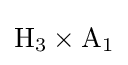
\mathrm {H_{3}} \times \mathrm {A_{1}}